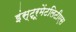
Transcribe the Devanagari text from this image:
इंस्ट्रूमेंटलिटीएस